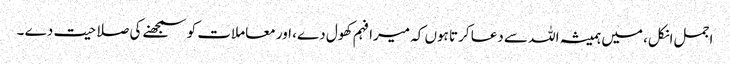
اجمل انکل، میں ہمیشہ اللہ سے دعا کرتا ہوں کہ میرا فہم کھول دے، اور معاملات کو سمجھنے کی صلاحیت دے ۔